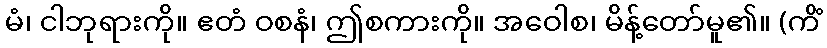
မံ၊ ငါဘုရားကို။ ဧတံ ဝစနံ၊ ဤစကားကို။ အဝေါစ၊ မိန့်တော်မူ၏။ (ကိံ